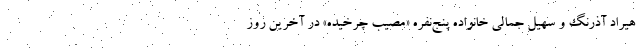
هیراد آذرنگ و سهیل جمالی خانواده پنج‌نفره «مصیب چرخیده» در آخرین روز